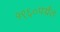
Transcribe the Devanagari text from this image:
१९६०पर्यंत